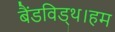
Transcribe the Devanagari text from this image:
बैंडविड्थ।हम